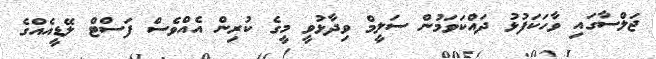
ޖަލްސާގައި ވާހަކަފުޅު ދައްކަވަމުން ސަލީމް ވިދާޅުވީ މީގެ ކުރިން އެއްވެސް ފަސްޓް ލޭޑީއެއްގެ